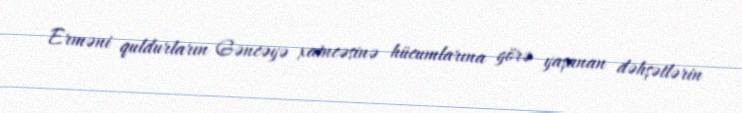
Erməni quldurların Gəncəyə xaincəsinə hücumlarına görə yaşanan dəhşətlərin